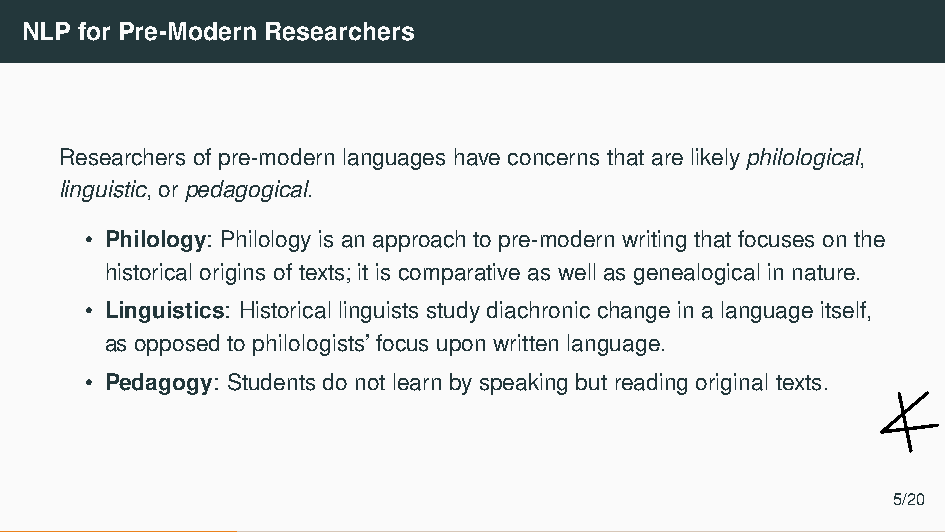
NLP for Pre-Modern Researchers
 Researchers of pre-modern languages have concerns that are likely philological,
 linguistic, or pedagogical.
 • Philology: Philology is an approach to pre-modern writing that focuses on the
 historical origins of texts; it is comparative as well as genealogical in nature.
 • Linguistics: Historical linguists study diachronic change in a language itself,
 as opposed to philologists’ focus upon written language.
 • Pedagogy: Students do not learn by speaking but reading original texts.
 5/20